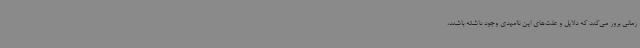
زمانی بروز می‌کند که دلایل و علت‌های این ناامیدی وجود داشته باشند،